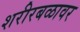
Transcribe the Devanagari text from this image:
शरीरबळावर